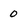
Character: 0